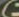
(